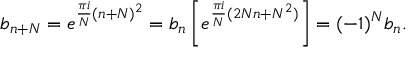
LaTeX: b _ { n + N } = e ^ { { \frac { \pi i } { N } } ( n + N ) ^ { 2 } } = b _ { n } \left[ e ^ { { \frac { \pi i } { N } } ( 2 N n + N ^ { 2 } ) } \right] = ( - 1 ) ^ { N } b _ { n } .